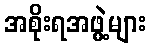
အစိုးရအဖွဲ့များ